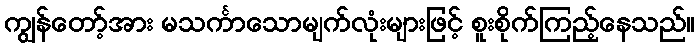
ကျွန်တော့်အား မသင်္ကာသောမျက်လုံးများဖြင့် စူးစိုက်ကြည့်နေသည်။